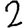
Digit: 2